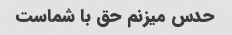
حدس میزنم حق با شماست